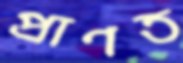
প্রাণত